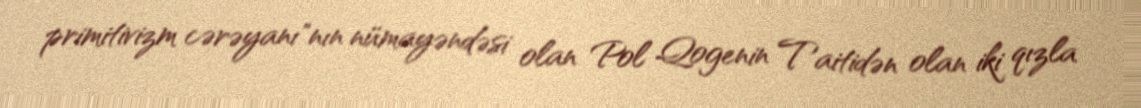
primitivizm cərəyanı"nın nümayəndəsi olan Pol Qogenin Taitidən olan iki qızla